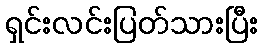
ရှင်းလင်းပြတ်သားပြီး